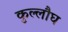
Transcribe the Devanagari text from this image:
कुल्लौघ